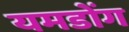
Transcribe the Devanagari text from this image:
यमडोंग